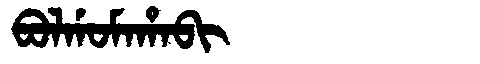
Manchu: ᠪᠣᠯᡤᠣᠮᠠᡥᠠᠪᡳ
Romanization: BOLGOMAHABI